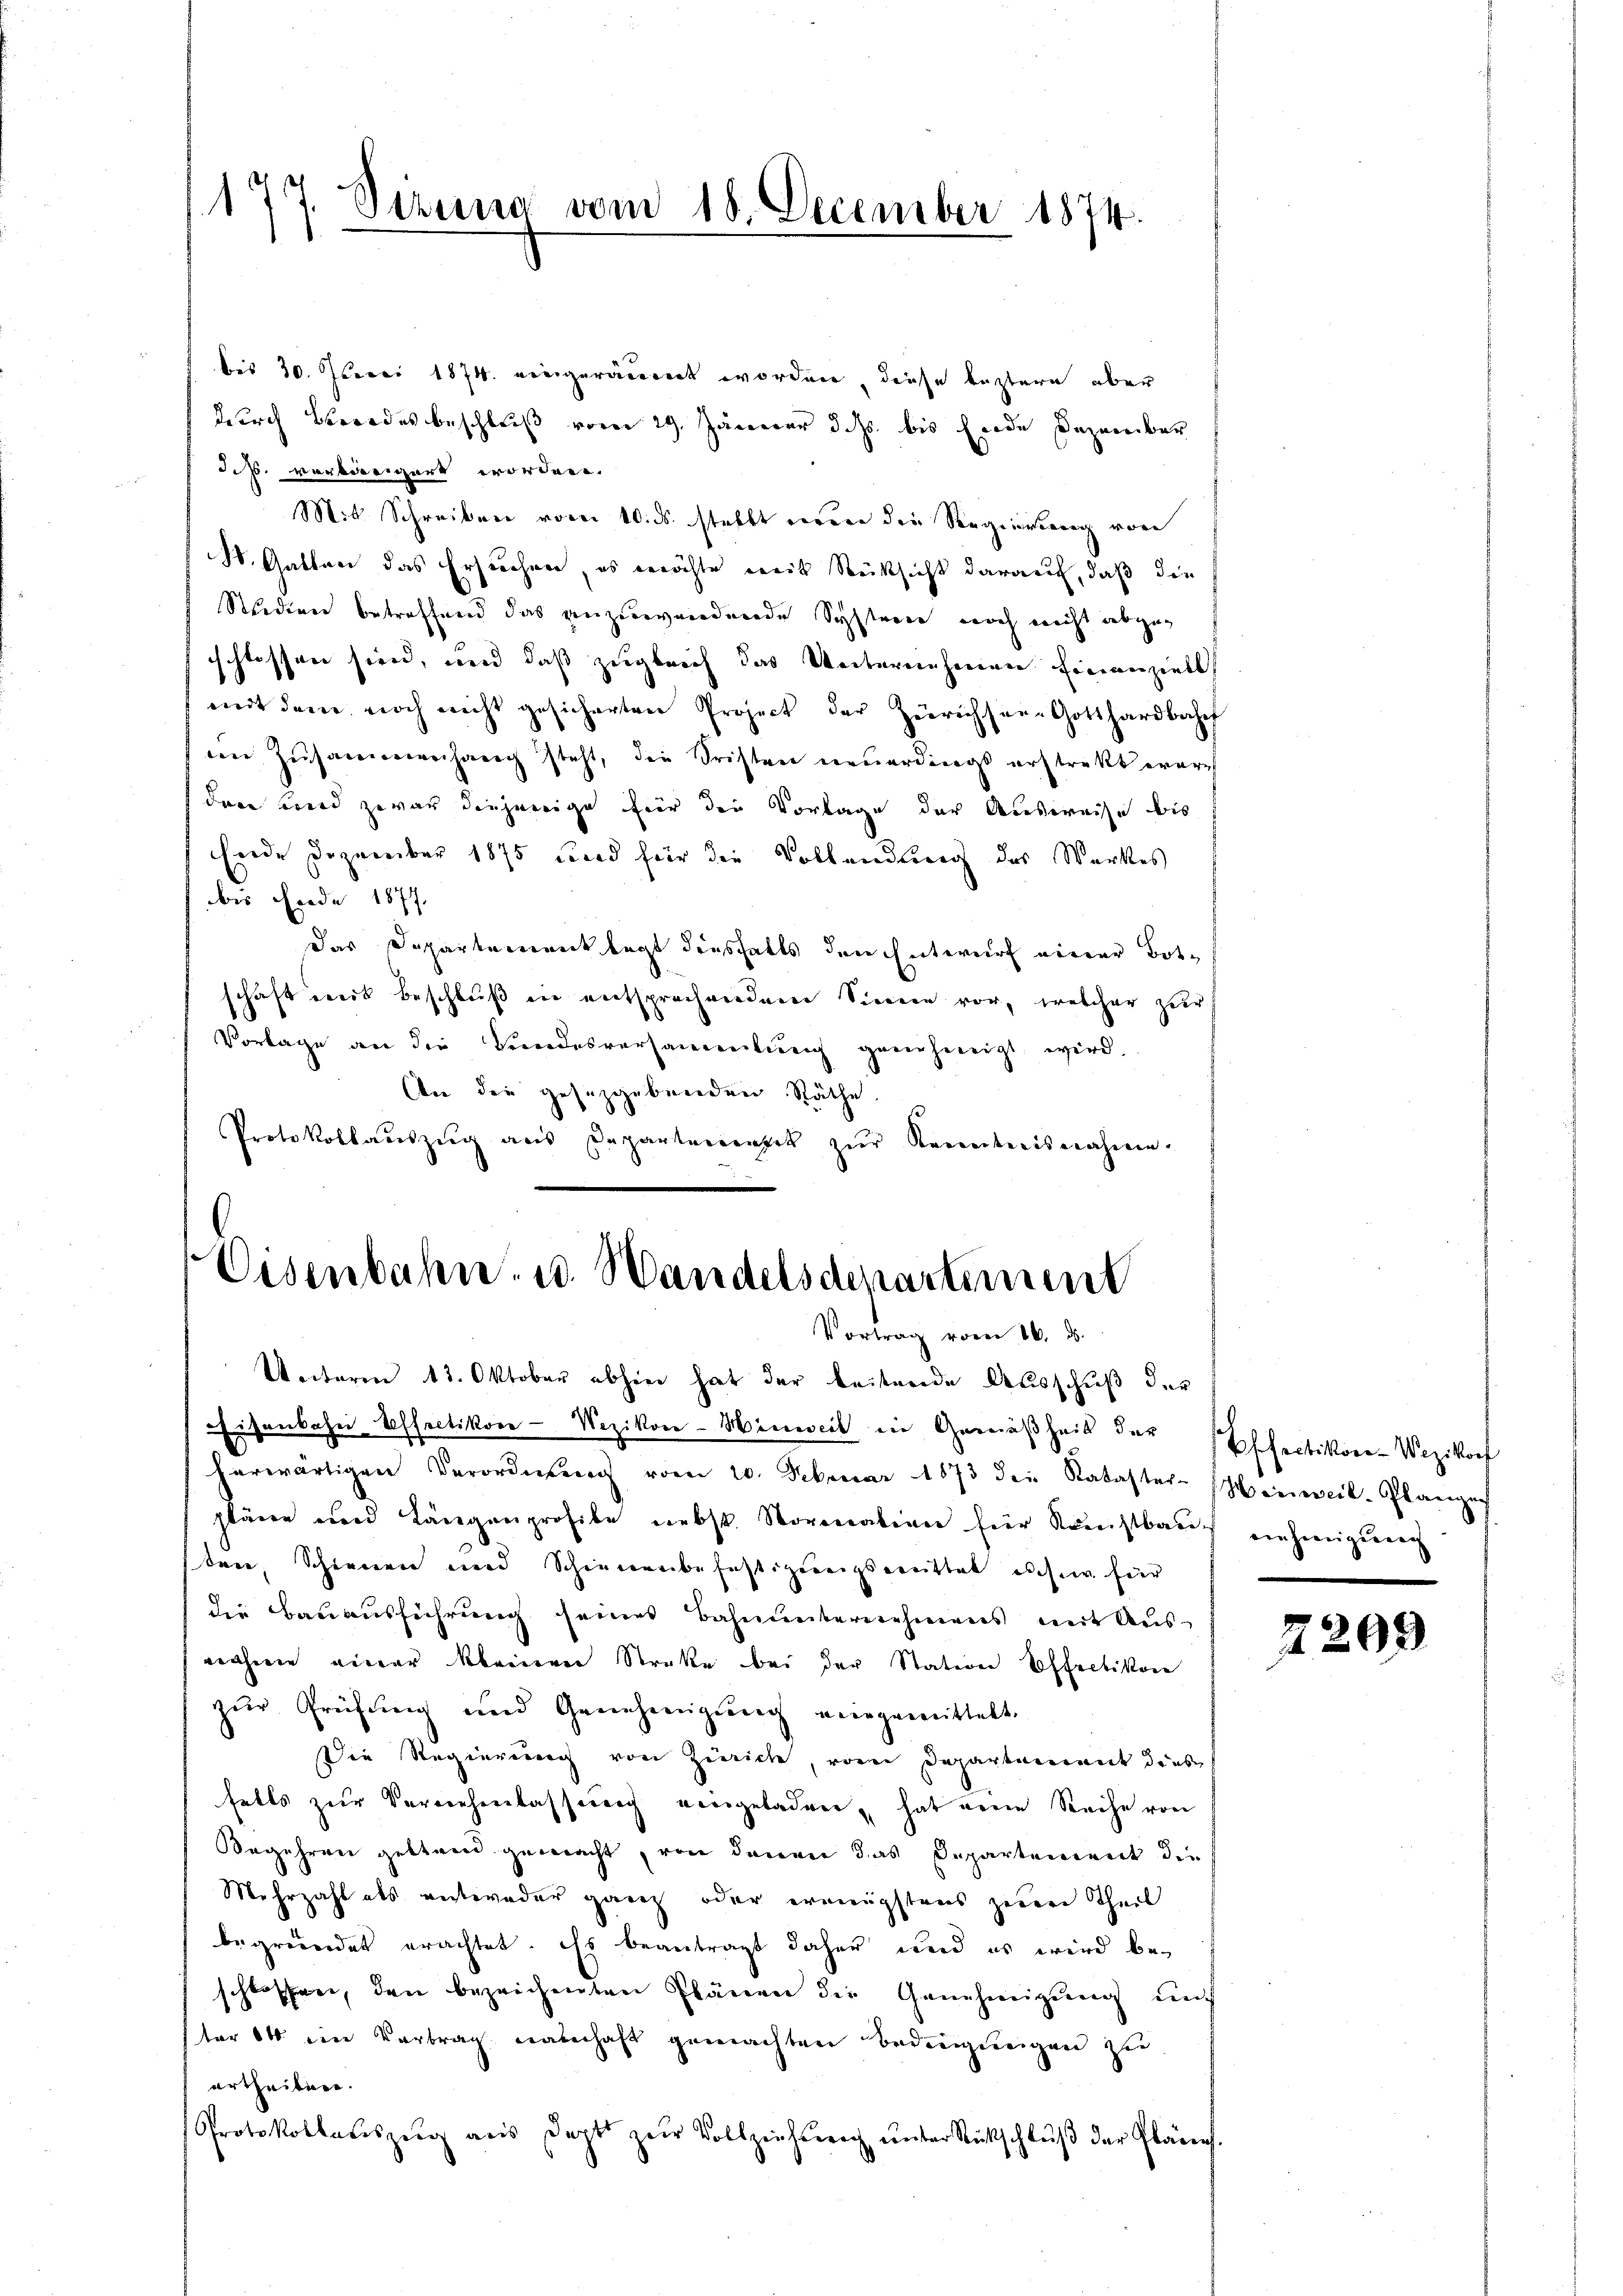
1
Sirung vom 18. December 1874.

bis 30. Novci 1874. eingeräumt worden, diese leztern aber
durch Beredes beschluß vom 29. Jänner dass bis Ende Dezember
Jes. verweigert worden.
Mit Schreiben vom 10. ds. stellt weren die Regierung von
St. Gatten das Ersuchen, es möchte weit Rücksicht darauf, daß die
Studien betreffend das anzuwendende Systeme noch nicht abgeg
schlossen sien, und daß zugleich das Weiternehmen Einanziell
mit dem noch nicht gesicherten Project der Zürichsee-Gotthardbahnf
in Zusammenhang steht, die Fristen neuerdings erstrakt ware
dren wird zwar diejenige für die Vorlage der Ausweise bis
Ende Dezember 1875 und für die Vollendung des Werkes
bis Ende 1877.
Das Departement legt diesfalls den Entwurf einer Botschaft mit Beschluß in entsprechenden Sinnern vor, welcher zur
Vorlage an die Bundesversammlung genehmigt wird.
An die gesetzgebenden Räthe
Protokollauszug aus Departementik zur Kenntnisnahmen.

Eisenbahn, u. Wandelsdenartement
Vortrag vom 10. ds.
Unterm 13. Oktober abhin hat der beitende Ausschuß der

Eisenbahn Effectikon - Wezikon-Hinweil in Gemäßheit der Effectikon-Wezikonf
herwärtigen Verordnŭng vom 20. Februar 1873 den Kataster-Hinweil. Plangen
pläne und Längenprofile nebst. Noronation hier Kauchtbaut einheigieren
ter, Schienen und Schienenbefestigungsmittat ich für
die Bauausführung seines Bahnunternehmens mit Ausnnahme einer kleinen Streke bei der Station Effretikon
zŭr Prüfung und Genehmigŭng vergemittelt.
Die Regierung von Zierich, von Departement diese
falls zur Vernehmlassung eingeladen, hat neue Reihe von
Begehren gestand gemacht, von denen das Departement die
Mehrzahl als entweder ganz oder erknüpftens zuren Theil
begründet erachtet. Es beantragt daher und es wird beschlossen, den bezeichneten Plänen der Genehmigung auf
tor Ott ein Vertrag namhaft gemachten Bedingungen zu
urtheilen.
Protokollaŭszŭg aŭs Dopts zŭr Vollziehŭng ŭnter Rückschlŭβ der Pläne

2299